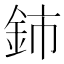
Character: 鈰